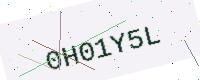
Text: 0H01Y5L